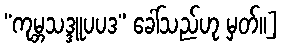
“ကုမ္ဘသဒ္ဒူပပဒ” ခေါ်သည်ဟု မှတ်။]